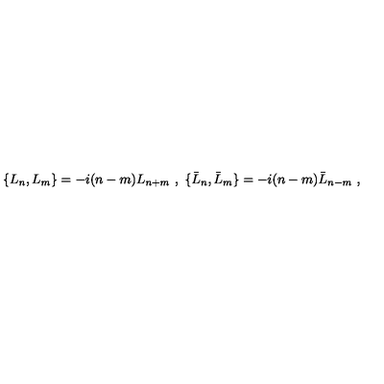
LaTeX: \{ L _ { n } , L _ { m } \} = - i ( n - m ) L _ { n + m } \ , \ \{ \bar { L } _ { n } , \bar { L } _ { m } \} = - i ( n - m ) \bar { L } _ { n - m } \ ,